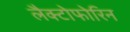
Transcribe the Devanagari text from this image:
लैक्टोफोरिन